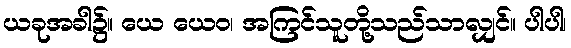
ယခုအခါ၌။ ယေ ယေဝ၊ အကြင်သူတို့သည်သာလျှင်။ ပါပါ၊